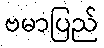
ဗမာပြည်